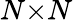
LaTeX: N×N